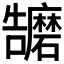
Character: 𭍁